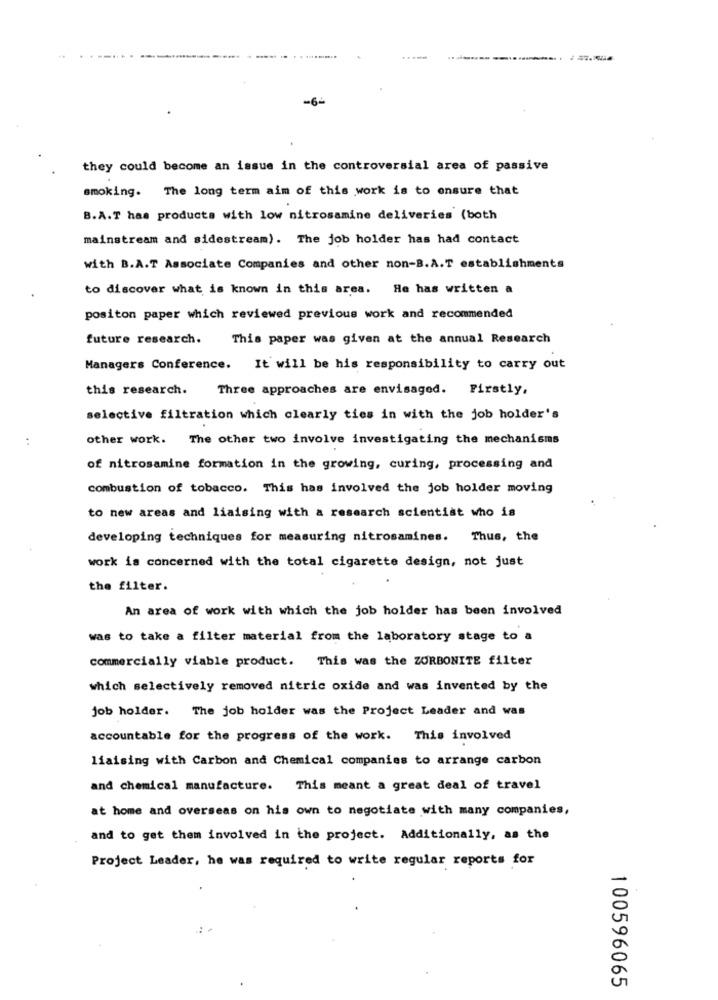
-6-
they could become an issue in the controversial area of passive
smoking. The long term aim of this work is to ensure that
B.A.T has products with low nitrosamine deliveries (both
mainstream and sidestream). The job holder has had contact
with B.A.T Associate Companies and other non-B.A.T establishments
to discover what is known in this area. He has written a
positon paper which reviewed previous work and recommended
future research.
This paper was given at the annual Research
Managers Conference. It will be his responsibility to carry out
this research.
Three approaches are envisaged. Firstly,
selective filtration which clearly ties in with the job holder's
other work. The other two involve investigating the mechanisms
of nitrosamine formation in the growing, curing, processing and
combustion of tobacco. This has involved the job holder moving
to new areas and liaising with a research scientist who is
developing techniques for measuring nitrosamines. Thus, the
work is concerned with the total cigarette design, not just
the filter.
An area of work with which the job holder has been involved
was to take a filter material from the laboratory stage to a
commercially viable product. This was the ZORBONITE filter
which selectively removed nitric oxide and was invented by the
job holder. The job holder was the Project Leader and was
accountable for the progress of the work. This involved
liaising with Carbon and Chemical companies to arrange carbon
and chemical manufacture. This meant a great deal of travel
at home and overseas on his own to negotiate with many companies,
and to get them involved in the project. Additionally, as the
Project Leader, he was required to write regular reports for
100596065